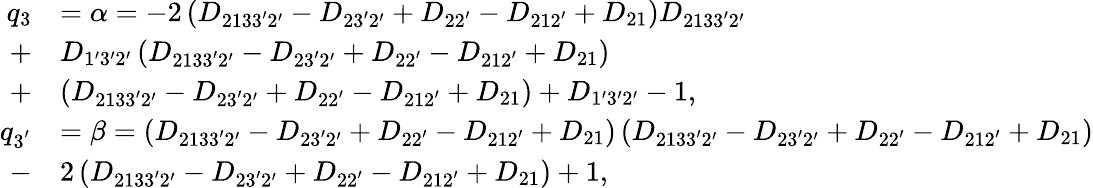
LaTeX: \begin{array}{rl}{q_{3}}&{=\alpha=-2\left({{D_{2133^{\prime}2^{\prime}}}-{D_{23^{\prime}2^{\prime}}}+{D_{22^{\prime}}}-{D_{212^{\prime}}}+{D_{21}}}\right){D_{2133^{\prime}2^{\prime}}}}\\ {+}&{{D_{1^{\prime}3^{\prime}2^{\prime}}}\left({{D_{2133^{\prime}2^{\prime}}}-{D_{23^{\prime}2^{\prime}}}+{D_{22^{\prime}}}-{D_{212^{\prime}}}+{D_{21}}}\right)}\\ {+}&{\left({{D_{2133^{\prime}2^{\prime}}}-{D_{23^{\prime}2^{\prime}}}+{D_{22^{\prime}}}-{D_{212^{\prime}}}+{D_{21}}}\right)+{D_{1^{\prime}3^{\prime}2^{\prime}}}-1,}\\ {q_{3^{'}}}&{=\beta=\left({{D_{2133^{\prime}2^{\prime}}}-{D_{23^{\prime}2^{\prime}}}+{D_{22^{\prime}}}-{D_{212^{\prime}}}+{D_{21}}}\right)\left({{D_{2133^{\prime}2^{\prime}}}-{D_{23^{\prime}2^{\prime}}}+{D_{22^{\prime}}}-{D_{212^{\prime}}}+{D_{21}}}\right)}\\ {-}&{2\left({{D_{2133^{\prime}2^{\prime}}}-{D_{23^{\prime}2^{\prime}}}+{D_{22^{\prime}}}-{D_{212^{\prime}}}+{D_{21}}}\right)+1,}\end{array}